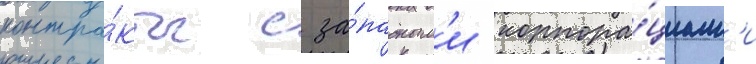
контра́кты с за́падным'и корпора́циам'и